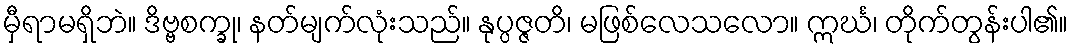
မှီရာမရှိဘဲ။ ဒိဗ္ဗစက္ခု၊ နတ်မျက်လုံးသည်။ နုပ္ပဇ္ဇတိ၊ မဖြစ်လေသလော။ ဣင်္ဃ၊ တိုက်တွန်းပါ၏။